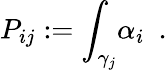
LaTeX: {P_{ij}}:={\int_{\gamma_{j}}}{\alpha_{i}}\, \, \, .